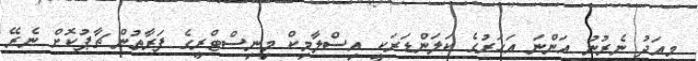
މިއަދު ނެރުނު އަންނަ އަހަރުގެ ކަލަންޑަރަކީ އިސްލާމިކް މިނިސްޓްރީގެ ފަރާތުން ޗާޕުކޮށް ނެރޭ